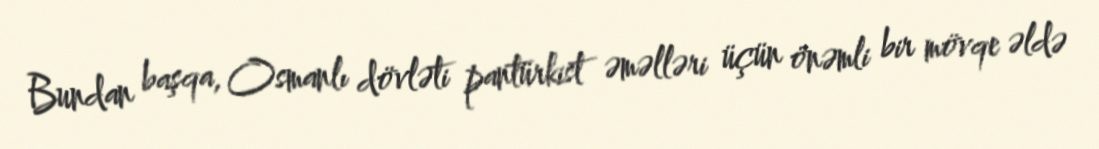
Bundan başqa, Osmanlı dövləti pantürkist əməlləri üçün önəmli bir mövqe əldə